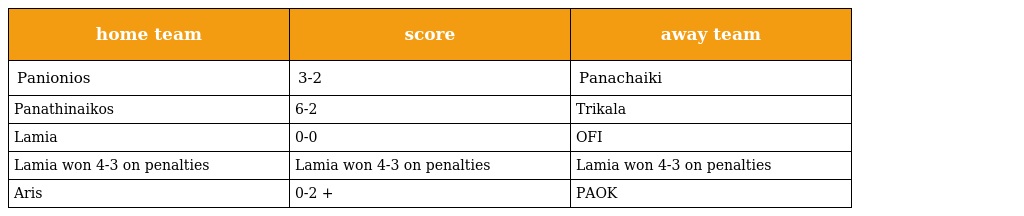
| home team | score | away team |
 | --- | --- | --- |
 | Panionios | 3-2 | Panachaiki |
 | Panathinaikos | 6-2 | Trikala |
 | Lamia | 0-0 | OFI |
 | Lamia won 4-3 on penalties | Lamia won 4-3 on penalties | Lamia won 4-3 on penalties |
 | Aris | 0-2 + | PAOK |